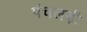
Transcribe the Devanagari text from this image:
पंचलड़ी